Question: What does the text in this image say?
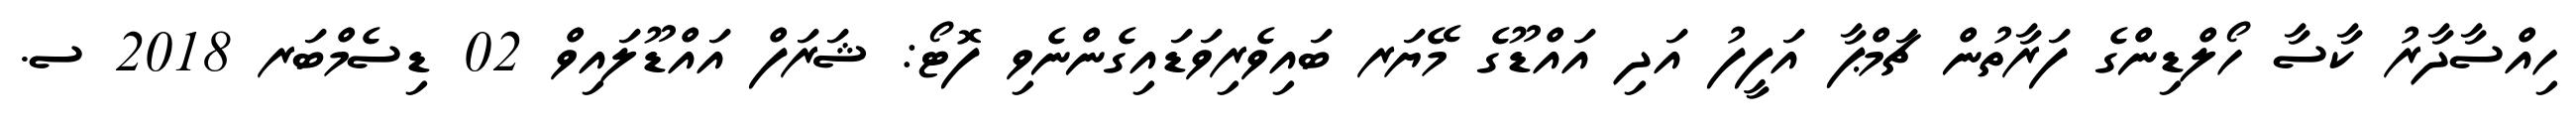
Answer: ހިއްސާދާރު ކާސާ ހޯލްޑިންގެ ފަރާތުން ޗަމްޕާ އަފީފު އަދި އައްޑޫގެ މޭޔަރ ބައިވެރިވަޑައިގެންނެވި ފޮޓޯ: ޝަރަފް އައްޑޫލައިވް 02 ޑިސެމްބަރ 2018 ސ.